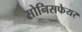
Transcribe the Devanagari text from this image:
सोनिसफेयर